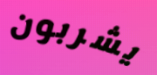
يشربون